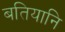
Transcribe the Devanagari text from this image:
बतियानि